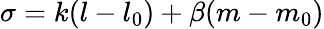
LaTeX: \sigma=k(l-l_{0})+\beta(m-m_{0})